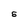
Character: s